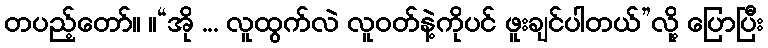
တပည့်တော်။ ။“အို ... လူထွက်လဲ လူဝတ်နဲ့ကိုပင် ဖူးချင်ပါတယ်”လို့ ပြောပြီး